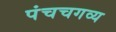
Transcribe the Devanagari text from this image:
पंचचगव्य